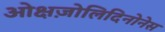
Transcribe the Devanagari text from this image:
ओक्षज़ोलिदिनोनेस